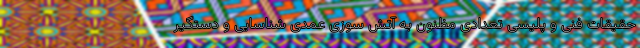
حقیقات فنی و پلیسی تعدادی مظنون به آتش سوزی عمدی شناسایی و دستگیر